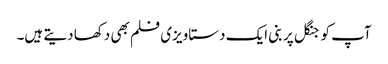
آپ کو جنگل پر بنی ایک دستاویزی فلم بھی دکھا دیتے ہیں۔